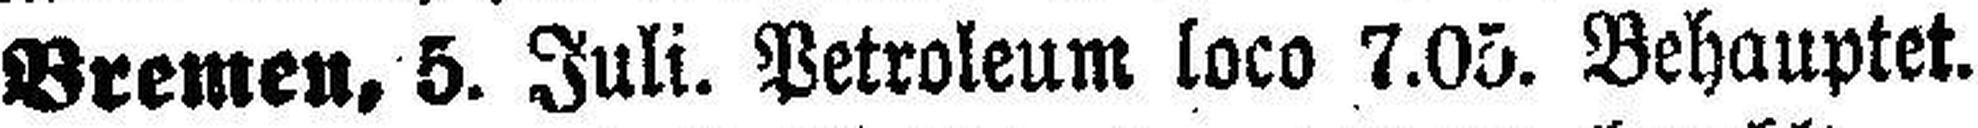
Bremen, 5. Juli. Petroleum loco 7.05. Behauptet.